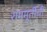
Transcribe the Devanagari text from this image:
राममूर्तीची